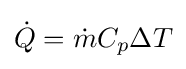
{\dot {Q}}={\dot {m}}C_{p}\Delta T